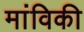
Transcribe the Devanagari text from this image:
मांविकी